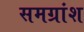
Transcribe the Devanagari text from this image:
समग्रांश